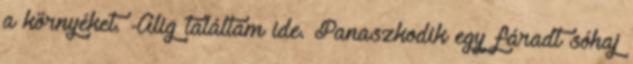
a környéket. -Alig találtam ide. Panaszkodik egy fáradt sóhaj